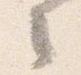
々